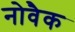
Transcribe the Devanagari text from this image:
नोवैक